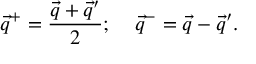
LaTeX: \vec { q } ^ { + } = \frac { \vec { q } + \vec { q } ^ { \prime } } { 2 } ; \; \; \; \; \vec { q } ^ { - } = \vec { q } - \vec { q } ^ { \prime } .